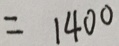
= 1 4 0 0